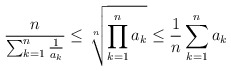
\begin{align*}\frac{n}{\sum_{k=1}^{n}\frac{1}{a_{k}}}\leq\sqrt[n]{\prod_{k=1}^{n}a_{k}}\leq\frac{1}{n}\sum_{k=1}^{n}a_{k}\end{align*}